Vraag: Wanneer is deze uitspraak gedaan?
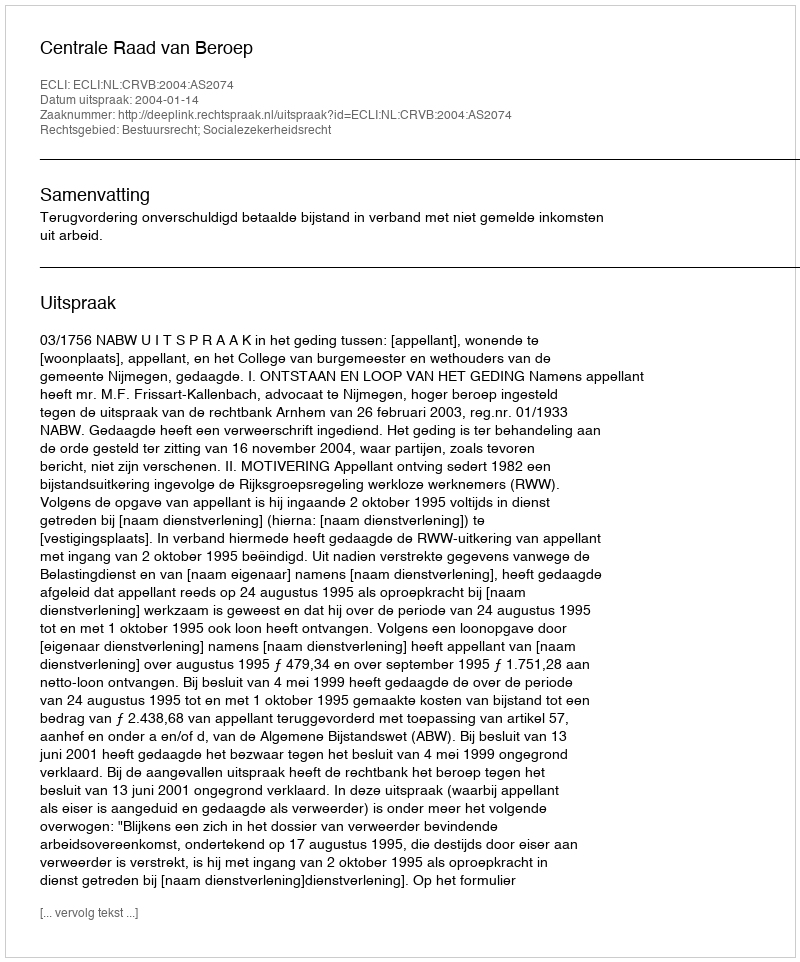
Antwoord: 2004-01-14